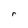
Character: r